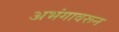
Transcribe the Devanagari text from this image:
अभंगावरून